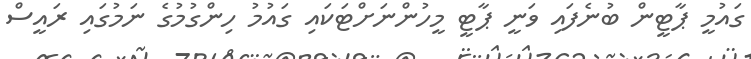
ގައުމީ ޕާޓީން ބުނެފައި ވަނީ ޕާޓީ މީހުންނަށްޓަކައި ގައުމު ހިންގުމުގެ ނަމުގައި ރައީސް